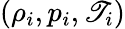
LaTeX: (\rho_{i},p_{i},\mathscr{T}_{i})